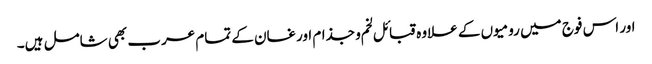
اور اس فوج میں رومیوں کے علاوہ قبائل لخم و جذام اور غسان کے تمام عرب بھی شامل ہیں۔